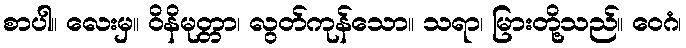
စာပါ။ လေးမှ။ ဝိနိမုတ္တာ၊ လွတ်ကုန်သော။ သရာ၊ မြားတို့သည်။ ဝေဂံ၊